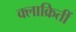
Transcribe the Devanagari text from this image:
क्लाक्रितीं